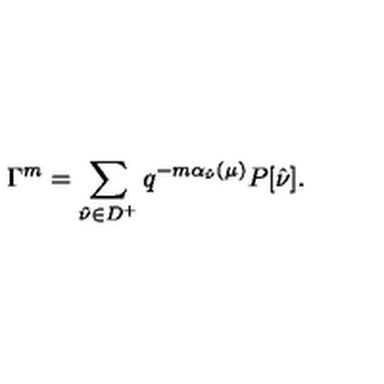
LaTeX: \Gamma ^ { m } = \sum _ { \hat { \nu } \in D ^ { + } } q ^ { - m \alpha _ { \hat { \nu } } ( \mu ) } P [ \hat { \nu } ] .